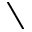
\setminus